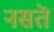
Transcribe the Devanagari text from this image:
नसतॆ